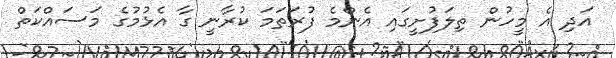
އަދި އެ މީހުން ތިލަފުށީގައި އެންމެ ފުރަތަމަ ކުރާނީ ގާ އެޅުމުގެ މަސައްކަތް